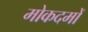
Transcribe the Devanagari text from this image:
मोकदमों